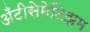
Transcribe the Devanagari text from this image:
अँटीसेमेटिझम